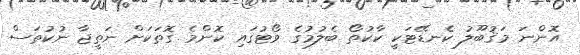
އޮންނަ މަޤުބޫލު ކެނޑޭޓަކީ ކާކުތޯ ބެލުމުގެ ވޯޓުގައި ކޮންމެ ގޮތަކަށް ނަތީޖާ ނުކުތަސް